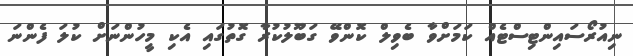
ނިއުރޯސައިންޓިސްޓެއް ކަމަށްވާ ބެވިލް ކޮންވޭ ގަބޫލުކުރާ ގޮތުގައި އެކި މީހުންނަށް ކުލަ ފެންނަ